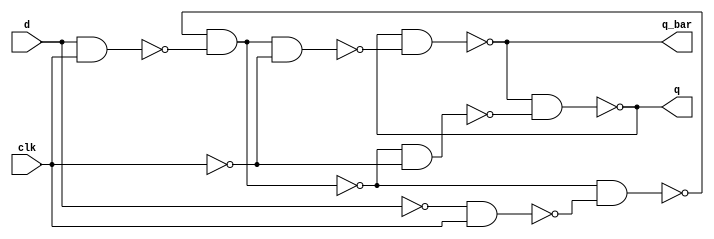
module d_ff_gates(d,clk,q,q_bar);
input d,clk;
output q, q_bar;

wire n1,n2,n3,q_bar_n;
wire cn,dn,n4,n5,n6;

// First Latch
not (n1,d);

nand (n2,d,clk);
nand (n3,n1,clk);

nand (dn,q_bar_n,n2);
nand (q_bar_n,dn,n3);

// Second Latch
not (cn,clk);

not (n4,dn);

nand (n5,dn,cn);
nand (n6,n4,cn);

nand (q,q_bar,n5);
nand (q_bar,q,n6);


endmodule